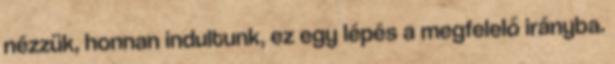
nézzük, honnan indultunk, ez egy lépés a megfelelő irányba.